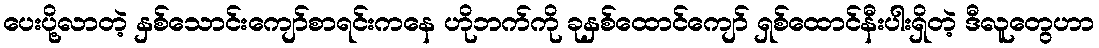
ပေးပို့လာတဲ့ နှစ်သောင်းကျော်စာရင်းကနေ ဟိုဘက်ကို ခုနှစ်ထောင်ကျော် ရှစ်ထောင်နီးပါးရှိတဲ့ ဒီလူတွေဟာ